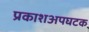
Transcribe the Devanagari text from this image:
प्रकाशअपघटक